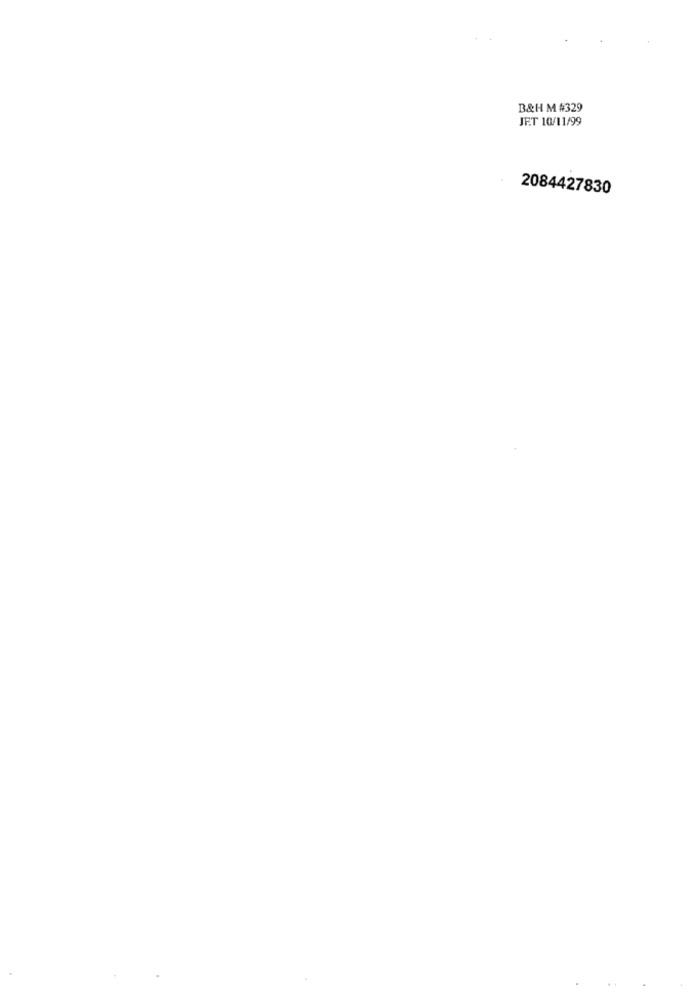
B&H M #329
JET 10/11/99
2084427830